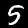
Digit: 5